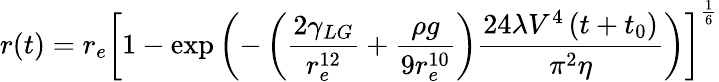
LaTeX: r(t)=r_{e}\left[1-\exp\left(-\left({\frac{2\gamma_{LG}}{r_{e}^{12}}}+{\frac{\rho g}{9r_{e}^{10}}}\right){\frac{24\lambda V^{4}\left(t+t_{0}\right)}{\pi^{2}\eta}}\right)\right]^{\frac{1}{6}}